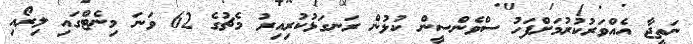
ނަތީޖާ އެއްވަރުކުރުމަށްފަހު ސްވެންސީން ކުޅުން ރަނގަޅުކުރިއިރު މެޗުގެ 62 ވަނަ މިނެޓްގައި ލިރޯއި